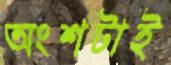
অংশটাই